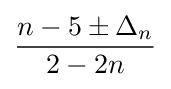
{\dfrac {n-5\pm \Delta _{n}}{2-2n}}